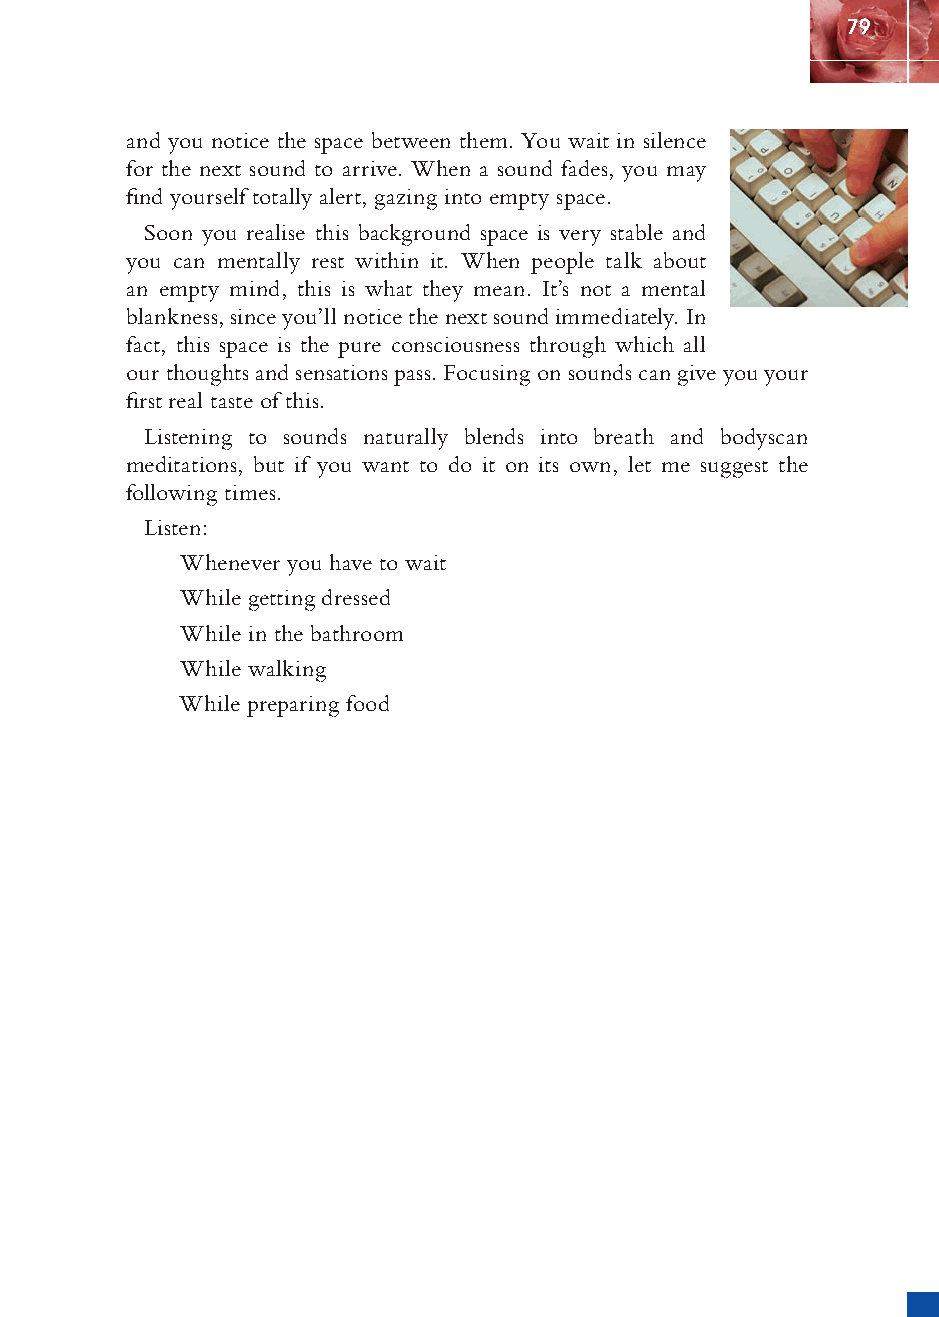
79
 and you notice the space between them. You wait in silence
 for the next sound to arrive. When a sound fades, you may
 fi nd yourself totally alert, gazing into empty space.
 Soon you realise this background space is very stable and
 you can mentally rest within it. When people talk about
 an empty mind, this is what they mean. It’s not a mental
 blankness, since you’ll notice the next sound immediately. In
 fact, this space is the pure consciousness through which all
 our thoughts and sensations pass. Focusing on sounds can give you your
 fi rst real taste of this.
 Listening to sounds naturally blends into breath and bodyscan
 meditations, but if you want to do it on its own, let me suggest the
 following times.
 Listen:
 Whenever you have to wait
 While getting dressed
 While in the bathroom
 While walking
 While preparing food
 ffiivvee__220000667788..iinndddd SSeecc11::8833     3300//55//0055 55::0044::3344 PPMM